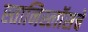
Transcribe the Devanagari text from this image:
स्तानिस्लॉसचे